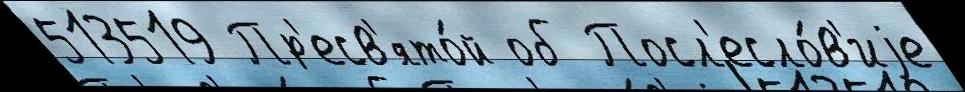
513519 Пр'есв'ято́й об Посл'есло́в'иjе